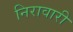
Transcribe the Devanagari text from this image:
निरावारी